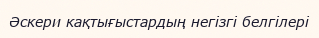
Әскери кақтығыстардың негізгі белгілері